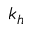
k _ { h }